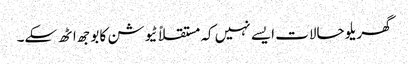
گھریلو حالات ایسے نہیں کہ مستقلاً ٹیوشن کا بوجھ اٹھ سکے۔